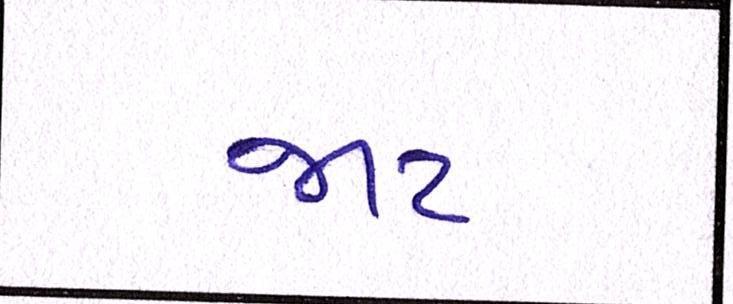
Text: જાટ